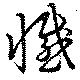
懺